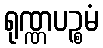
ရုဏ္ဏပဉ္စမံ